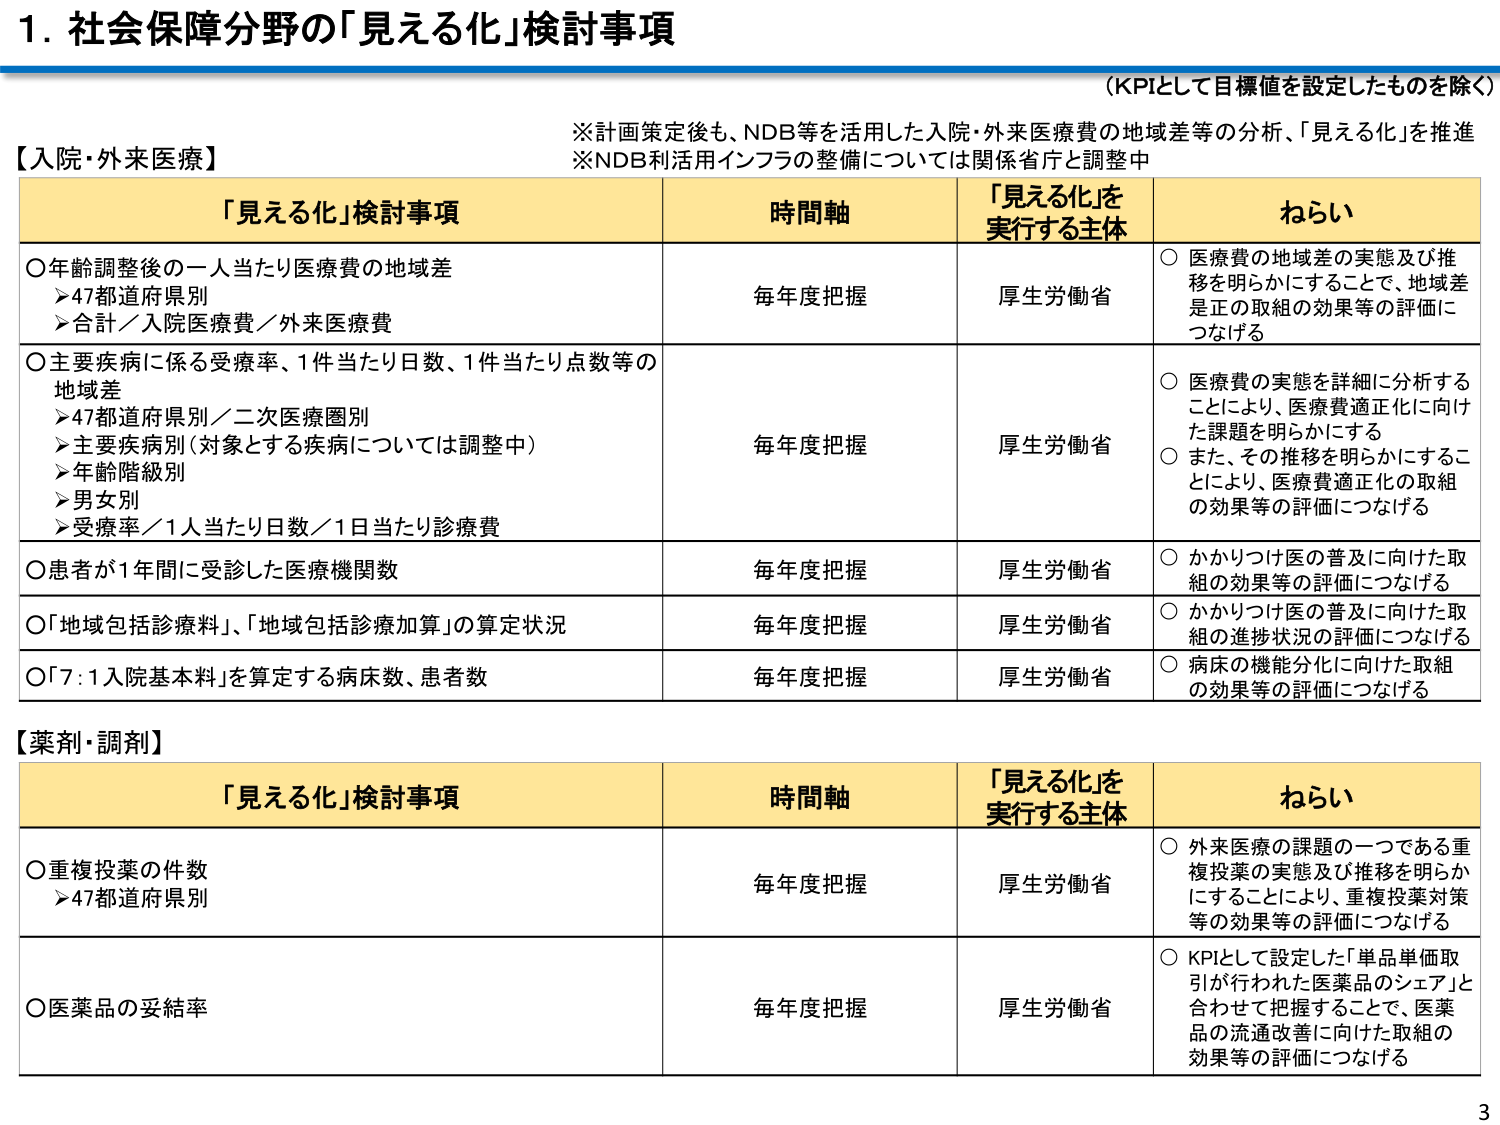
1. 社会保障分野の「見える化」検討事項

（KPIとして目標値を設定したものを除く）

※計画策定後も、NDB等を活用した入院・外来医療費の地域差等の分析、「見える化」を推進
※NDB利活用インフラの整備については関係省庁と調整中

【入院・外来医療】

「見える化」検討事項　　　　　　　時間軸　　　　　　「見える化」を実行する主体　　　　ねらい

○年齢調整後の一人当たり医療費の地域差
　➤47都道府県別
　➤合計／入院医療費／外来医療費
　　　　　　　　　　　　　　　　　毎年度把握　　　　　厚生労働省　　　　　○医療費の地域差の実態及び推移を明らかにすることで、地域差是正の取組の効果等の評価につなげる

○主要疾病に係る受療率、1件当たり日数、1件当たり点数等の地域差
　➤47都道府県別／二次医療圏別
　➤主要疾病別（対象とする疾病については調整中）
　➤年齢階級別
　➤男女別
　➤受療率／1人当たり日数／1日当たり診療費
　　　　　　　　　　　　　　　　　毎年度把握　　　　　厚生労働省　　　　　○医療費の実態を詳細に分析することにより、医療費適正化に向けた課題を明らかにする
　　　　　　　　　　　　　　　　　　　　　　　　　　　　　　　　　　　　　○また、その推移を明らかにすることにより、医療費適正化の取組の効果等の評価につなげる

○患者が1年間に受診した医療機関数
　　　　　　　　　　　　　　　　　毎年度把握　　　　　厚生労働省　　　　　○かかりつけ医の普及に向けた取組の効果等の評価につなげる

○「地域包括診療料」、「地域包括診療加算」の算定状況
　　　　　　　　　　　　　　　　　毎年度把握　　　　　厚生労働省　　　　　○かかりつけ医の普及に向けた取組の進捗状況の評価につなげる

○「7:1入院基本料」を算定する病床数、患者数
　　　　　　　　　　　　　　　　　毎年度把握　　　　　厚生労働省　　　　　○病床の機能分化に向けた取組の効果等の評価につなげる

【薬剤・調剤】

「見える化」検討事項　　　　　　　時間軸　　　　　　「見える化」を実行する主体　　　　ねらい

○重複投薬の件数
　➤47都道府県別
　　　　　　　　　　　　　　　　　毎年度把握　　　　　厚生労働省　　　　　○外来医療の課題の一つである重複投薬の実態及び推移を明らかにすることにより、重複投薬対策等の効果等の評価につなげる

○医薬品の妥結率
　　　　　　　　　　　　　　　　　毎年度把握　　　　　厚生労働省　　　　　○KPIとして設定した「単品単価取引が行われた医薬品のシェア」と合わせて把握することで、医薬品の流通改善に向けた取組の効果等の評価につなげる

3